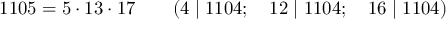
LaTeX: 1 1 0 5 = 5 \cdot 1 3 \cdot 1 7 \qquad ( 4 \mid 1 1 0 4 ; \quad 1 2 \mid 1 1 0 4 ; \quad 1 6 \mid 1 1 0 4 )